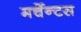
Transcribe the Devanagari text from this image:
मर्चेन्टस